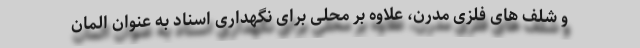
و شلف های فلزی مدرن، علاوه بر محلی برای نگهداری اسناد به عنوان المان